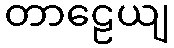
တာဠေယျ